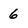
Character: 6